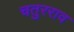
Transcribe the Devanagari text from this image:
चतुरराव